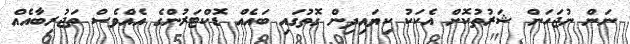
ނަން ނުޖަހަން ޝަރުތުކޮށް އެކަކު ކިޔައިދިން ގޮތުގައި ބައެއް ޑޮކްޓަރުންގެ އެއްވެސް ތަޖުރިބާއެއް